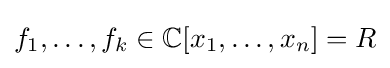
f_{1},\ldots ,f_{k}\in \mathbb {C} [x_{1},\ldots ,x_{n}]=R